Annual statistical returns and brief notes on vaccination in Bengal - 1909-1929
Year: 1909
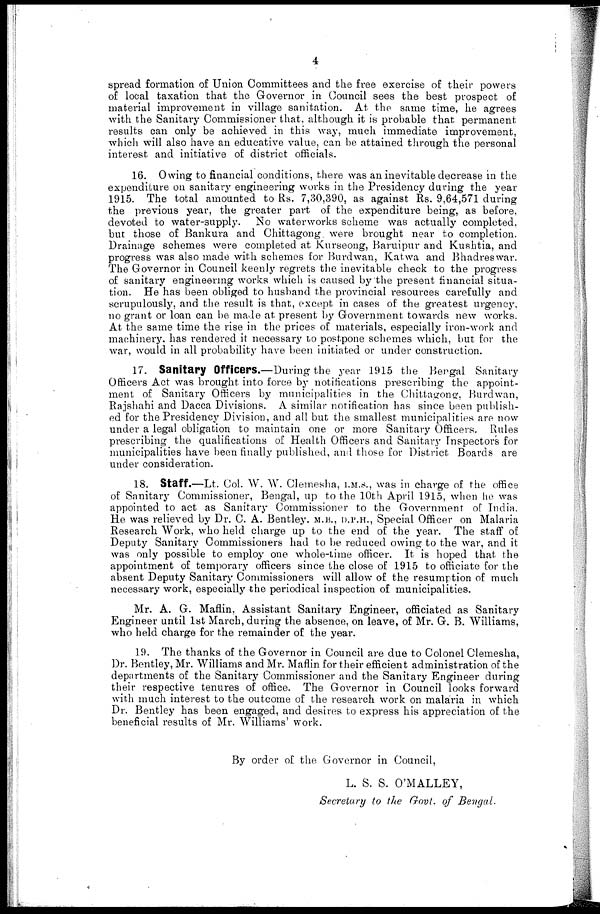
4
spread formation of Union Committees and the free exercise of their powers
of local taxation that the Governor in Council sees the best prospect of
material improvement in village sanitation. At the same time, he agrees
with the Sanitary Commissioner that, although it is probable that permanent
results can only be achieved in this way, much immediate improvement,
which will also have an educative value, can be attained through the personal
interest and initiative of district officials.
16. Owing to financial conditions, there was an inevitable decrease in the
expenditure on sanitary engineering works in the Presidency during the year
1915. The total amounted to Rs. 7,30,390, as against Rs. 9,64,571 during
the previous year, the greater part of the expenditure being, as before,
devoted to water-supply. No waterworks scheme was actually completed,
but those of Bankura and Chittagong were brought near to completion.
Drainage schemes were completed at Kurseong, Baruipur and Kushtia, and
progress was also made with schemes for Burdwan, Katwa and Bhadreswar.
The Governor in Council keenly regrets the inevitable check to the progress
of sanitary engineering works which is caused by the present financial situa-
tion. He has been obliged to husband the provincial resources carefully and
scrupulously, and the result is that, except in cases of the greatest urgency,
no grant or loan can be made at present by Government towards new works.
At the same time the rise in the prices of materials, especially iron-work and
machinery, has rendered it necessary to postpone schemes which, but for the
war, would in all probability have been initiated or under construction.
17. Sanitary Officers.—During the year 1915 the Bengal Sanitary
Officers Act was brought into force by notifications prescribing the appoint-
ment of Sanitary Officers by municipalities in the Chittagong, Burdwan,
Rajshahi and Dacca Divisions. A similar notification has since been publish-
ed for the Presidency Division, and all but the smallest municipalities are now
under a legal obligation to maintain one or more Sanitary Officers. Rules
prescribing the qualifications of Health Officers and Sanitary Inspectors for
municipalities have been finally published, and those for District Boards are
under consideration.
18. Staff.—Lt. Col. W. W. Clemesha, I.M.S., was in charge of the office
of Sanitary Commissioner, Bengal, up to the 10th April 1915, when he was
appointed to act as Sanitary Commissioner to the Government of India.
He was relieved by Dr. C. A. Bentley. M.B., D.P.H., Special Officer on Malaria
Research Work, who held charge up to the end of the year. The staff of
Deputy Sanitary Commissioners had to be reduced owing to the war, and it
was only possible to employ one whole-time officer. It is hoped that the
appointment of temporary officers since the close of 1915 to officiate for the
absent Deputy Sanitary Commissioners will allow of the resumption of much
necessary work, especially the periodical inspection of municipalities.
Mr. A. G. Maflin, Assistant Sanitary Engineer, officiated as Sanitary
Engineer until 1st March, during the absence, on leave, of Mr. G. B. Williams,
who held charge for the remainder of the year.
19. The thanks of the Governor in Council are due to Colonel Clemesha,
Dr. Bentley, Mr. Williams and Mr. Maflin for their efficient administration of the
departments of the Sanitary Commissioner and the Sanitary Engineer during
their respective tenures of office. The Governor in Council looks forward
with much interest to the outcome of the research work on malaria in which
Dr. Bentley has been engaged, and desires to express his appreciation of the
beneficial results of Mr. Williams' work.
By order of the Governor in Council,
L. S. S. O'MALLEY,
Secretary to the Govt. of Bengal.